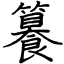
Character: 籑